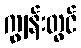
ကျွန်းတွင်